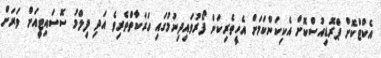
އެކްޓްކޮށް ޕްރޮޑިއުސްކޮށް އެކިކަންކަމަށް އެހީތެރިކަން ފޯރުވައިދިނުމުގައި ހަރަކާތްތެރިވެ އަދި ފިލްމު ސޮސައިޓީއަށް ވަރަށް